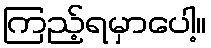
ကြည့်ရမှာပေါ့။